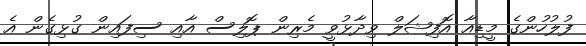
ފުލުހުންގެ މީޑިއާ އޮފިޝަލް ވިދާޅުވީ މެރިން ޕޮލިސް އާއި ސިފައިން ގުޅިގެން އެ